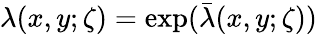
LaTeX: \lambda(x,y;\zeta)=\exp(\bar{\lambda}(x,y;\zeta))